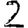
Digit: 2